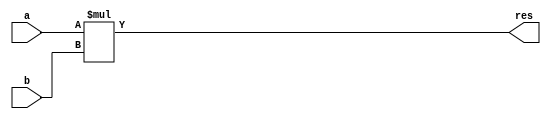
 module compar(a, b, res);
        input  [7:0]  a;
        input  [3:0]  b;
        output [11:0] res;

           assign res = a * b;

        endmodule